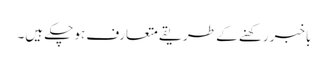
باخبررکھنے کے طریقے متعارف ہوچکے ہیں۔